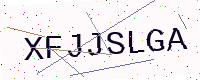
Text: XFJJSLGA